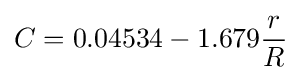
C=0.04534-1.679{\frac {r}{R}}